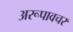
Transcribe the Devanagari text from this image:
अरूपावचर